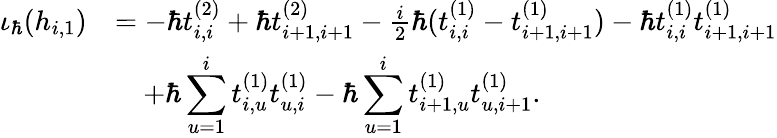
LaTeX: \begin{array}{rl}{\iota_{\hbar}(h_{i,1})}&{=-\hbar t_{i,i}^{(2)}+\hbar t_{i+1,i+1}^{(2)}-\frac{i}{2}\hbar(t_{i,i}^{(1)}-t_{i+1,i+1}^{(1)})-\hbar t_{i,i}^{(1)}t_{i+1,i+1}^{(1)}}\\ &{\quad+\hbar\displaystyle\sum_{u=1}^{i}t_{i,u}^{(1)}t_{u,i}^{(1)}-\hbar\displaystyle\sum_{u=1}^{i}t_{i+1,u}^{(1)}t_{u,i+1}^{(1)}.}\end{array}